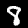
Label: 8